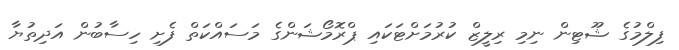
ފިލްމުގެ ޝޫޓިން ނިމި ރިލީޒް ކުރުމަށްޓަކައި ޕްރޮމޯޝަންގެ މަސައްކަތް ފެށި ހިސާބުން އަދިތުޔާ